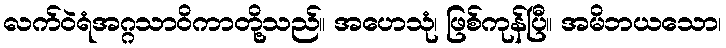
လက်ဝဲရံအဂ္ဂသာဝိကာတို့သည်။ အဟေသုံ၊ ဖြစ်ကုန်ပြီ။ အမိဘယသော၊